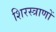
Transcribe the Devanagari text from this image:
शिरस्त्राणों